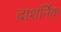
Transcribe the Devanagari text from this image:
दाशर्निक